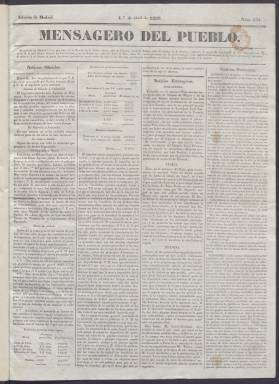
Título: El Mensagero del pueblo
Colección: Periódicos anteriores a 1850
Ámbito geográfico: Madrid
Lugar de publicación: Madrid
Fechas: 01/01/1839-24/08/1839